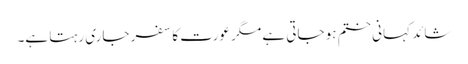
شائد کہانی ختم ہو جاتی ہے مگر عورت کا سفر جاری رہتا ہے۔